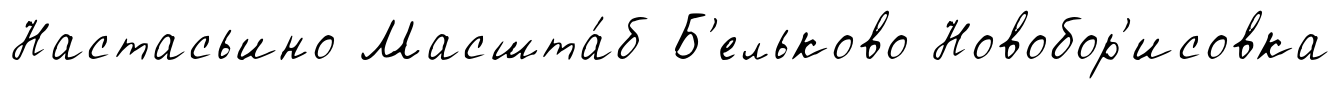
Настасьино Масшта́б Б'ельково Новобор'исовка